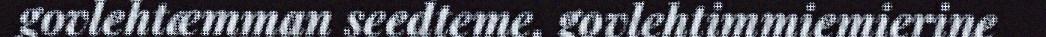
govlehtæmman seedteme, govlehtimmiemierine